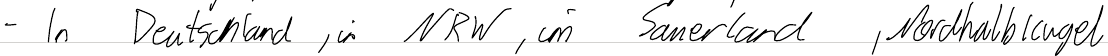
- In Deutschland, in NRW, im Sauerland, Nordhalbkugel